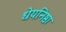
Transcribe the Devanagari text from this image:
धेयनिष्ठा